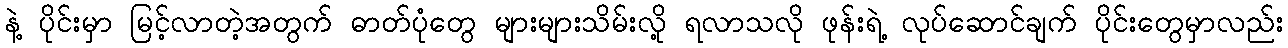
နဲ့ ပိုင်းမှာ မြင့်လာတဲ့အတွက် ဓာတ်ပုံတွေ များများသိမ်းလို့ ရလာသလို ဖုန်းရဲ့ လုပ်ဆောင်ချက် ပိုင်းတွေမှာလည်း